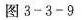
图 3-3-9